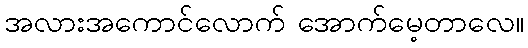
အလားအကောင်လောက် အောက်မေ့တာလေ။